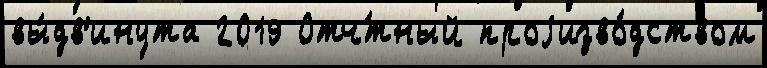
вы́дв'инута 2019 Отч́тный проjизво́дством